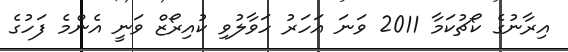
އިރާނުގެ ކޯޗުކަމާ 2011 ވަނަ އަހަރު ހަވާލުވި ކުއިރޯޒް ވަނީ އެންމެ ފަހުގެ